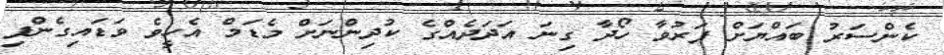
ކެންސަރު ބައްޔަށް ފަރުވާ ހޯދާ ގިނަ އަދަދެއްގެ ކުދިންނަށް މެޑަމް އެހީވެ ވަޑައިގެންފި